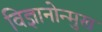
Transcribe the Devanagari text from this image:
विज्ञानोन्मुख